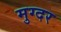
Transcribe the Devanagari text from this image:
मुग्दर